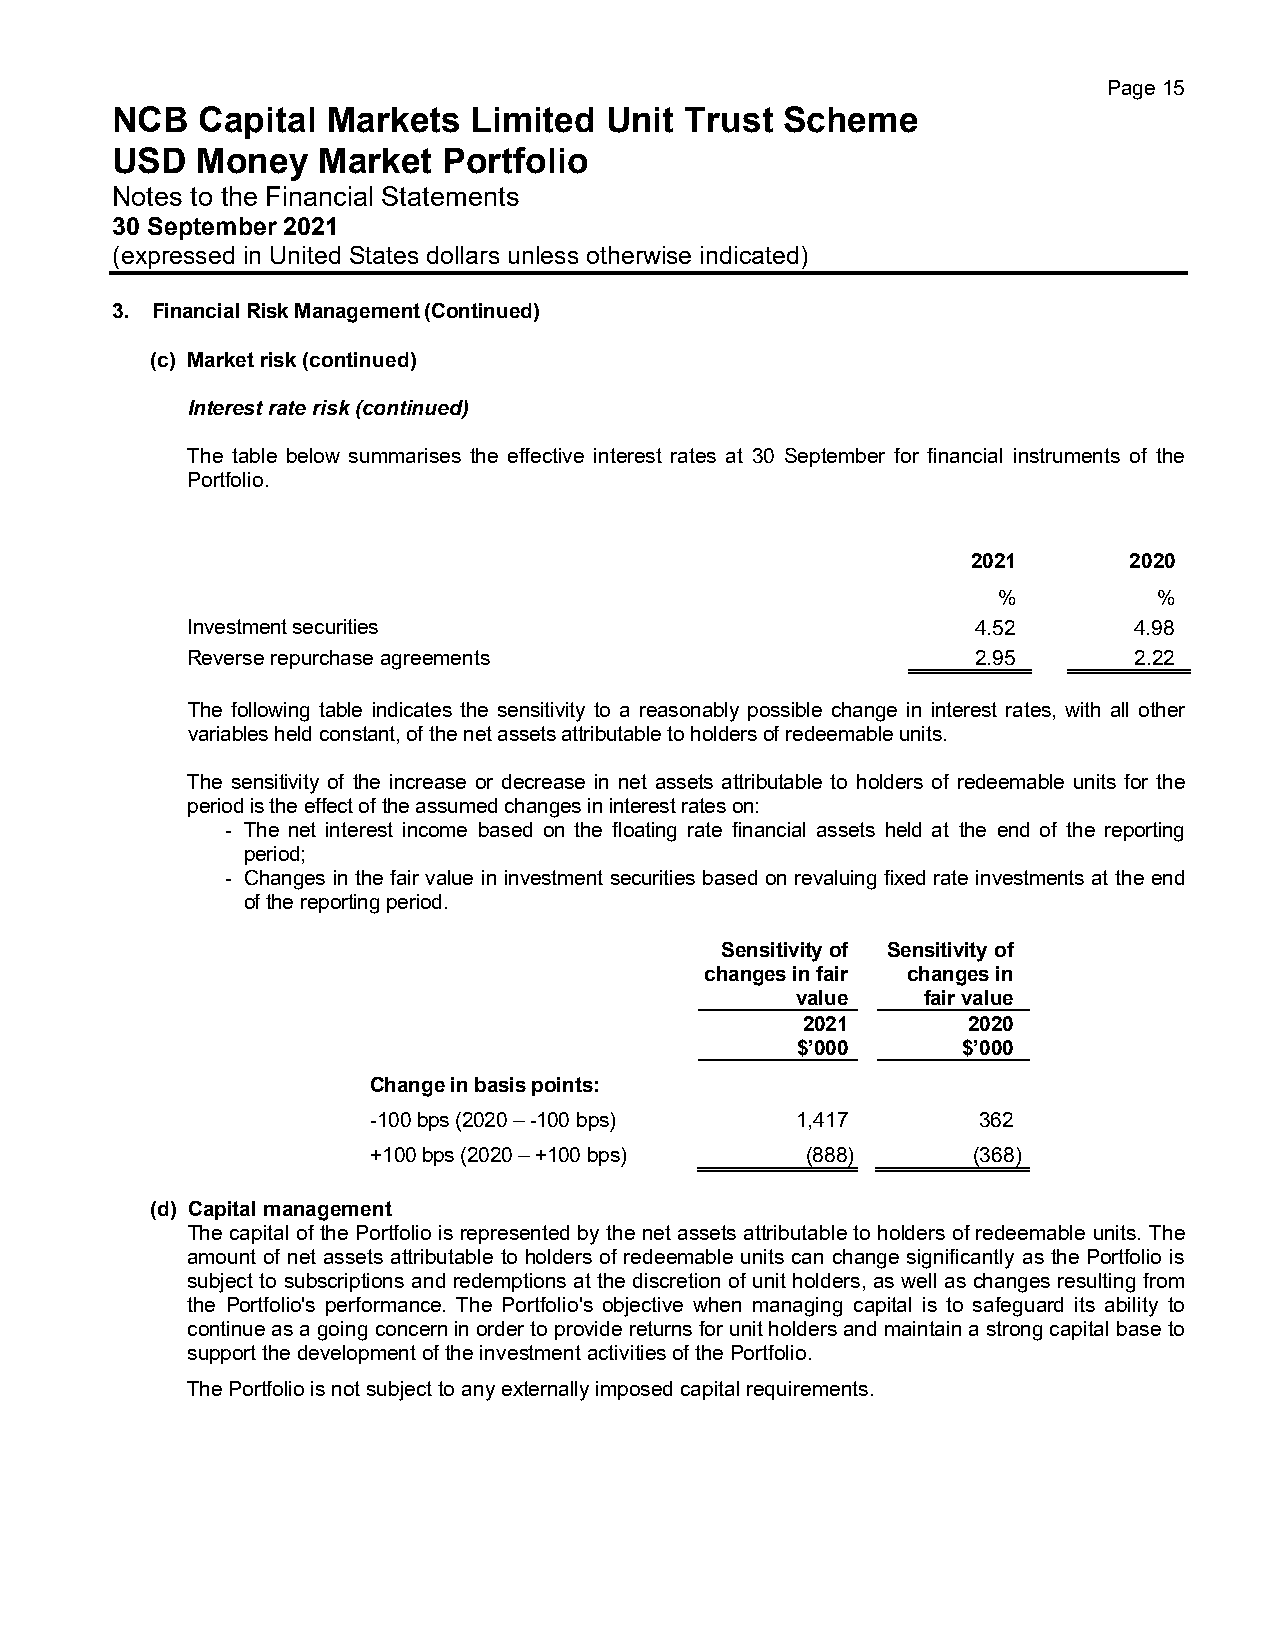
Page 15
 NCB   Capital  Markets  Limited  Unit Trust  Scheme
 USD   Money   Market  Portfolio
 Notes to the Financial Statements
 30 September 2021
 (expressed in United States dollars unless otherwise indicated)
 3. Financial Risk Management (Continued)
 (c) Market risk (continued)
 Interest rate risk (continued)
 The table below summarises the effective interest rates at 30 September for financial instruments of the
 Portfolio.
 2021       2020
 %          %
 Investment securities                                4.52      4.98
 Reverse repurchase agreements                        2.95      2.22
 The following table indicates the sensitivity to a reasonably possible change in interest rates, with all other
 variables held constant, of the net assets attributable to holders of redeemable units.
 The sensitivity of the increase or decrease in net assets attributable to holders of redeemable units for the
 period is the effect of the assumed changes in interest rates on:
 - The net interest income based on the floating rate financial assets held at the end of the reporting
 period;
 - Changes in the fair value in investment securities based on revaluing fixed rate investments at the end
 of the reporting period.
 Sensitivity of Sensitivity of
 changes in fair changes in
 value   fair value
 2021       2020
 $’000      $’000
 Change in basis points:
 -100 bps (2020 – -100 bps)  1,417       362
 +100 bps (2020 – +100 bps)  (888)      (368)
 (d) Capital management
 The capital of the Portfolio is represented by the net assets attributable to holders of redeemable units. The
 amount of net assets attributable to holders of redeemable units can change significantly as the Portfolio is
 subject to subscriptions and redemptions at the discretion of unit holders, as well as changes resulting from
 the Portfolio's performance. The Portfolio's objective when managing capital is to safeguard its ability to
 continue as a going concern in order to provide returns for unit holders and maintain a strong capital base to
 support the development of the investment activities of the Portfolio.
 The Portfolio is not subject to any externally imposed capital requirements.